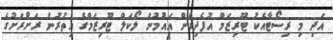
އަދި މި ރިސޯޓާއެކު ޓޫރިޒަމް އުފެދިގެން އައުމުން ލޯކަލް ޓޫރިޒަމްގެ އިތުރުން ރަށްރަށުގެ